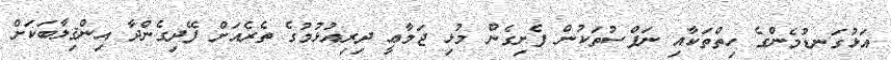
އަޅުގަނޑުމެންގެ ހިތްތަކާއި ނަފްސުތަކުން ފެށިގެން މުޅި ޖަމާޢީ ދިރިއުޅުމުގެ ތެރެއަށް ފޭދިގެންދާ އިންޤިލާބަކަށް